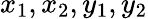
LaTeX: x_{1},x_{2},y_{1},y_{2}